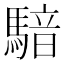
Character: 𱄧